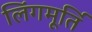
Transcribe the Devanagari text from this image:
लिंगमूर्ति